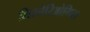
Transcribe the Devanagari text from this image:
लिस्तेरिओगिस